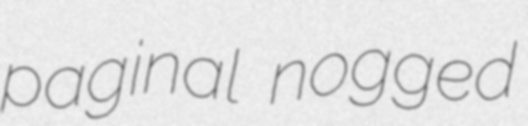
paginal nogged